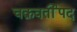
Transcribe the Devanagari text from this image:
चक्रवर्तीपद